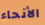
الأنحاء